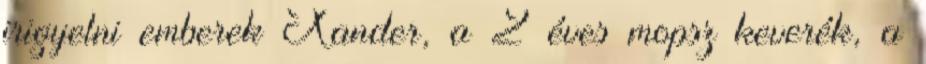
irigyelni emberek Xander, a 2 éves mopsz keverék, a